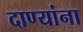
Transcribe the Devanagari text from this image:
दाण्यांना